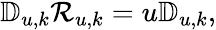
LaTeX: \begin{array}{r}{\mathbb{D}_{u,k}\mathcal{R}_{u,k}=u\mathbb{D}_{u,k},}\end{array}